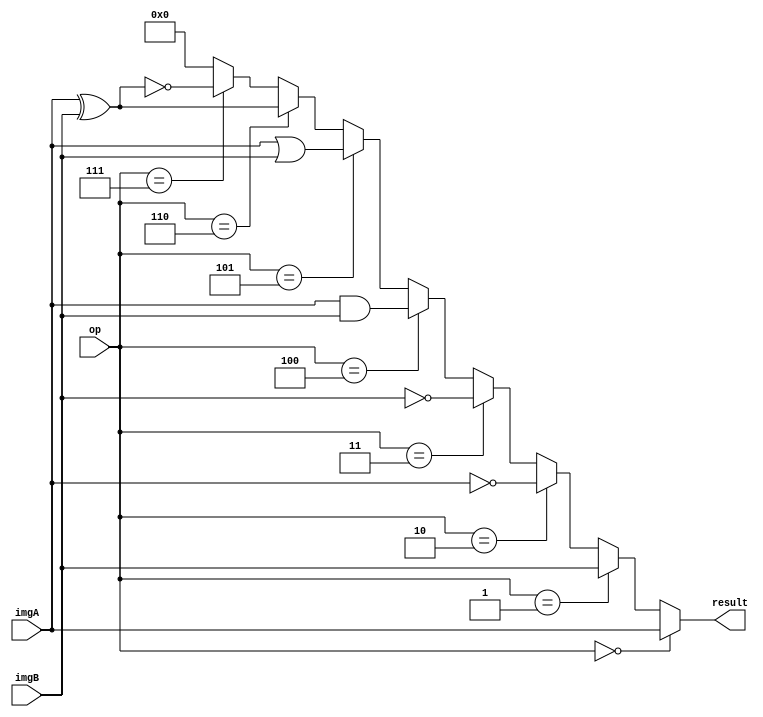
`ifndef __LOGIC_UNIT__
`define __LOGIC_UNIT__


module LogicUnit #(
	parameter ImageWidth = 8,
	parameter ImageHeight = 8
) (
	input [ImageHeight*ImageWidth-1:0]imgA,
	input [ImageHeight*ImageWidth-1:0]imgB,
	input [2:0]op,
	output [ImageHeight*ImageWidth-1:0]result
);


assign result = 
	op == 3'b000 ? imgA : //a bypass
	op == 3'b001 ? imgB : //b bypass
	op == 3'b010 ? ~imgA : //not a
	op == 3'b011 ? ~imgB : //not b
	op == 3'b100 ? imgA & imgB : //and
	op == 3'b101 ? imgA | imgB : //or
	op == 3'b110 ? imgA ^ imgB : //xor
	op == 3'b111 ? ~(imgA ^ imgB) :0; //not xor

endmodule

`endif